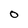
Character: 0